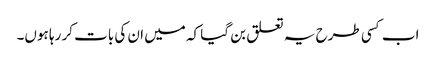
اب کسی طرح یہ تعلق بن گیا کہ میں ان کی بات کر رہا ہوں۔